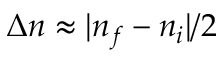
\Delta n \approx | n _ { f } - n _ { i } | / 2